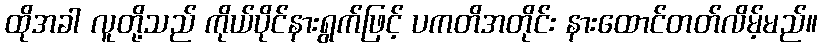
ထိုအခါ လူတို့သည် ကိုယ်ပိုင်နားရွက်ဖြင့် ပကတိအတိုင်း နားထောင်တတ်လိမ့်မည်။